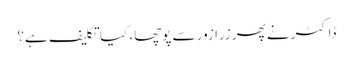
ڈاکٹر نے پھر زرا زور سے پوچھا، کیا تکلیف ہے؟